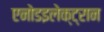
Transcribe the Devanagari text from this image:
एनोडइलेक्ट्रान